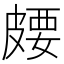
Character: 𪾈